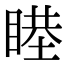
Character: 𥈻